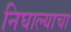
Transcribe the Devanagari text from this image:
निघाल्याचा